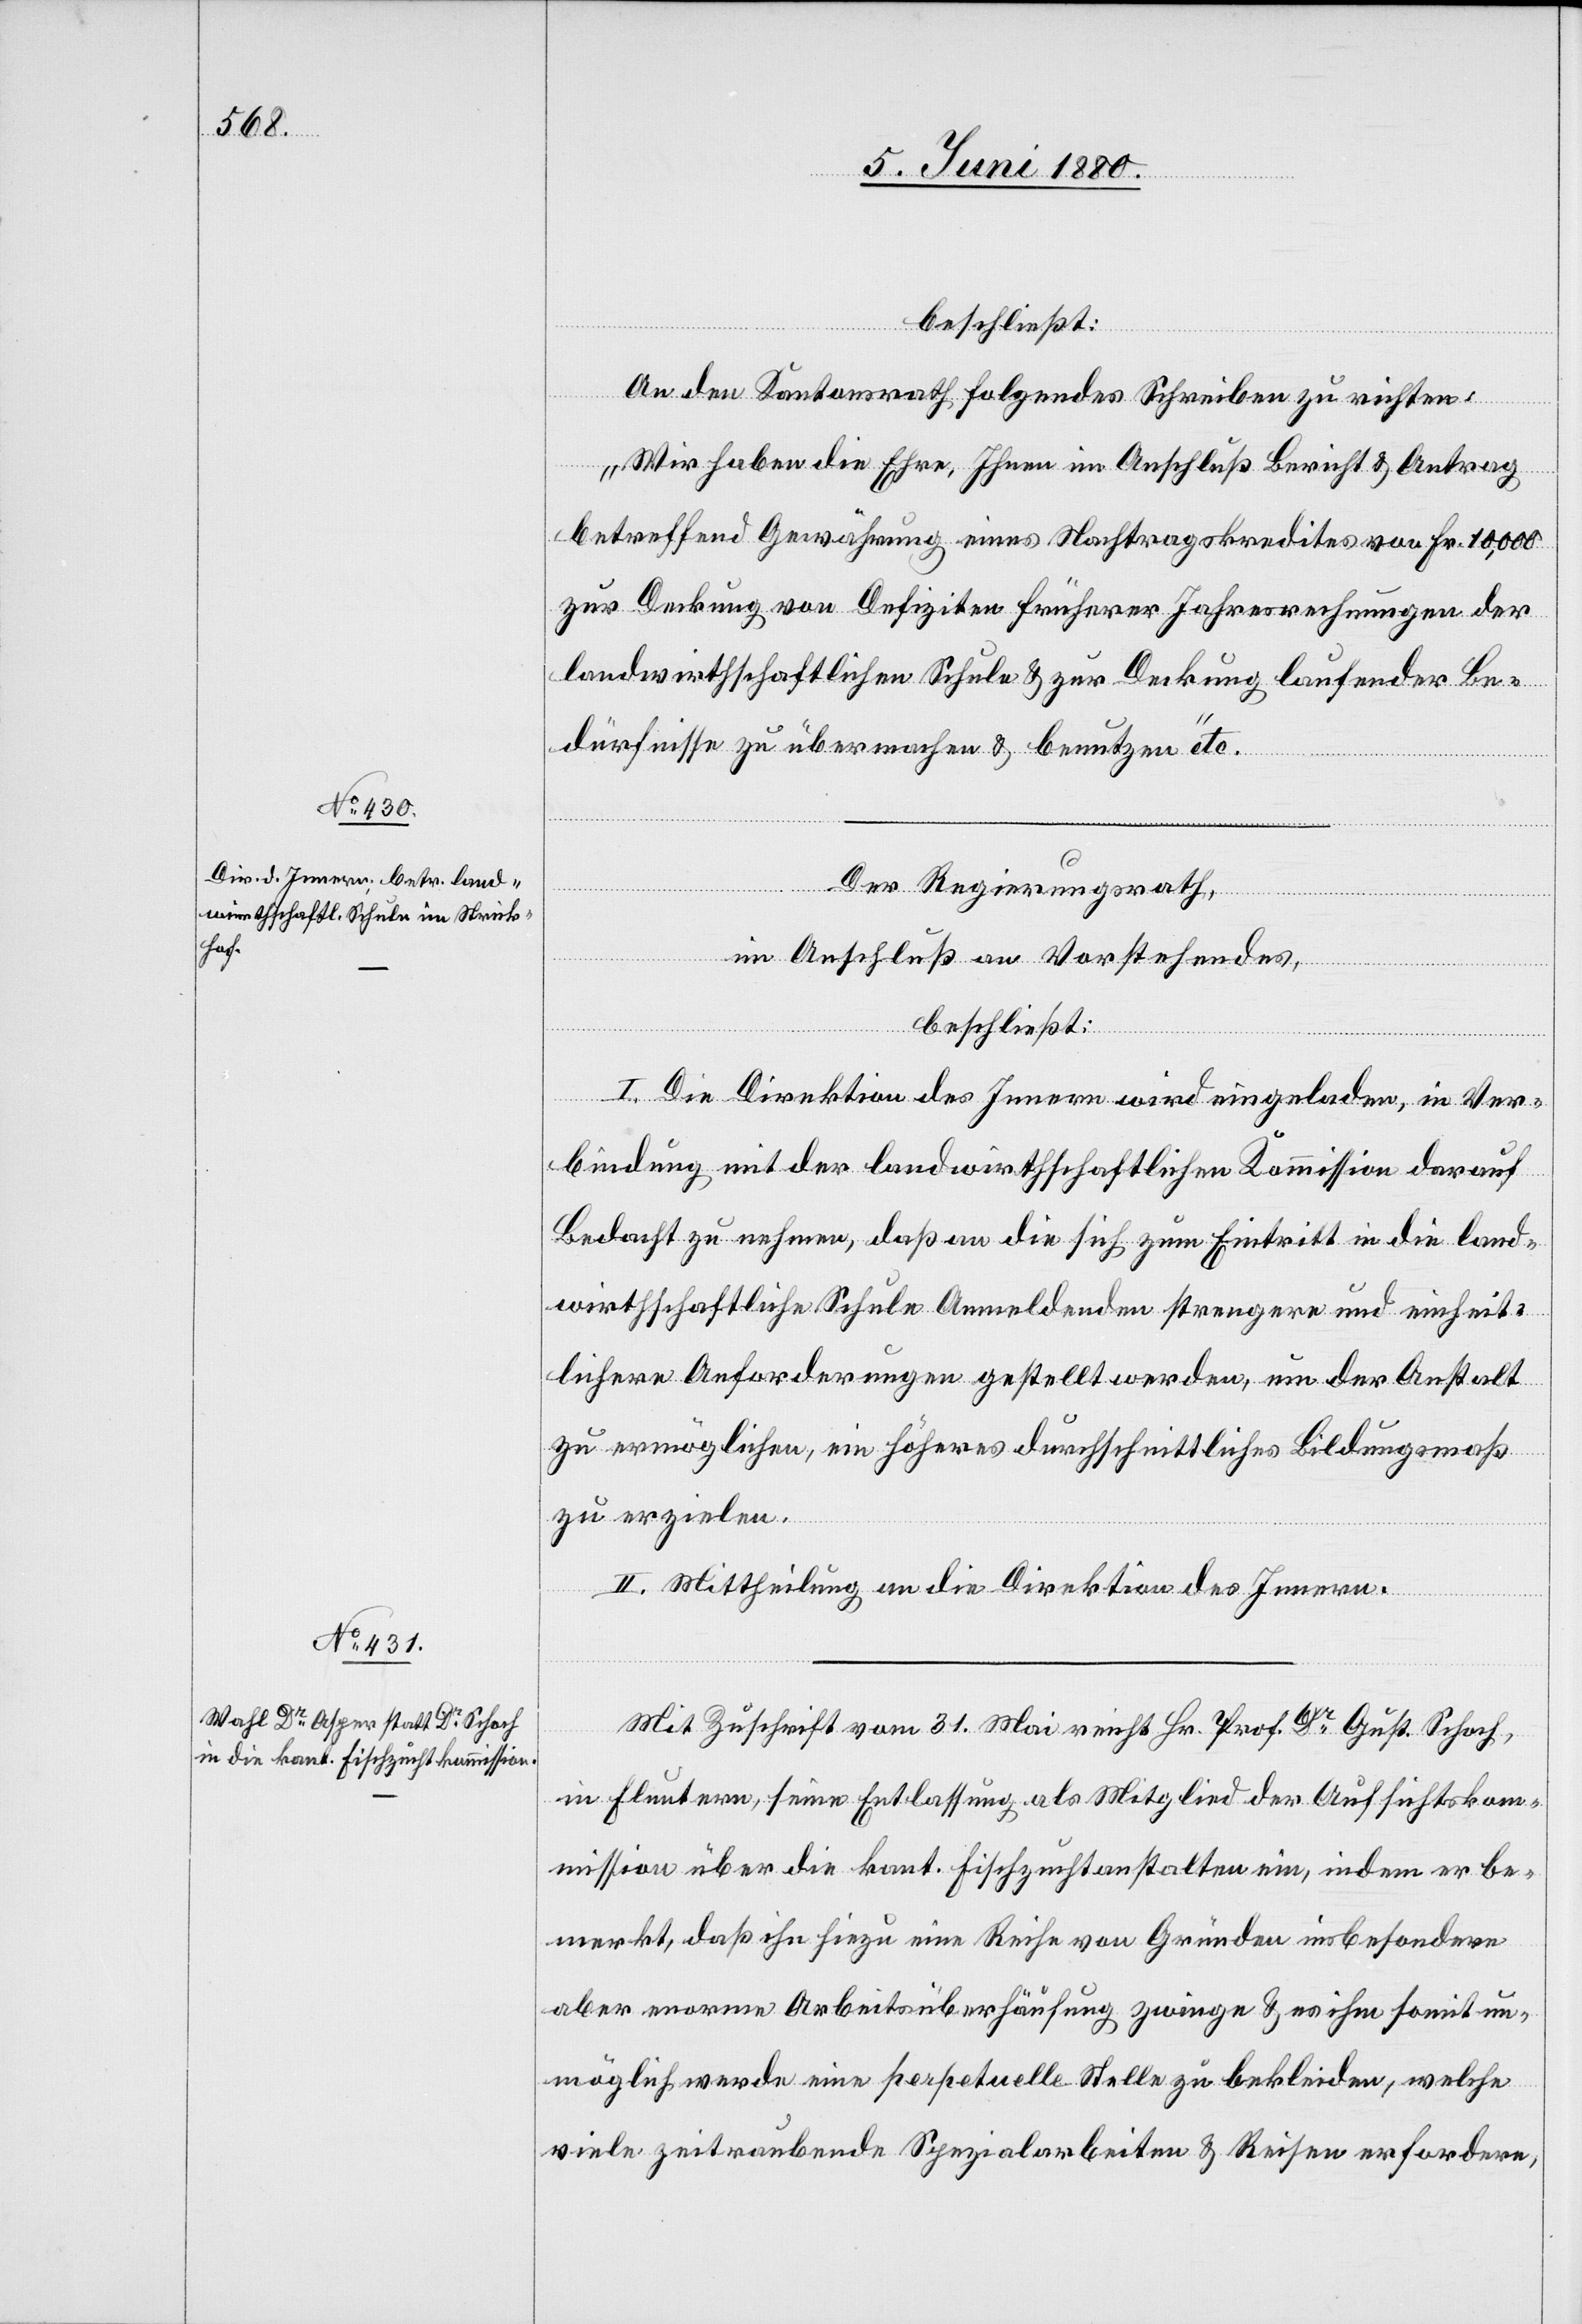
Der Regierungsrath,
im Anschluß an Vorstehendes,
beschließt:
I. Die Direktion des Innern wird eingeladen, in Ver¬
bindung mit der landwirthschaftlichen Kommission darauf
Bedacht zu nehmen, daß an die sich zum Eintritt in die land¬
wirthschaftliche Schule Anmeldenden strengere und einheit¬
lichere Anforderungen gestellt werden, um der Anstalt
zu ermöglichen, ein höheres durchschnittliches Bildungsmaß
zu erzielen.
II. Mittheilung an die Direktion des Innern.
Mit Zuschriften vom 31. Mai reicht Hr. Prof. Dr Gust. Schoch,
in Fluntern, seine Entlassung als Mitglied der Aufsichtsko¬
mmission über die kant. Fischzuchtanstalten ein, indem er be¬
merkt, daß ihn hiezu eine Reihe von Gründen insbesondere
aber enorme Arbeitsüberhäufung zwingen & es ihm somit un¬
möglich werde eine perpetuelle Stelle zu bekleiden, welche
viele zeitraubende Spezialarbeiten & Reisen erfordere,